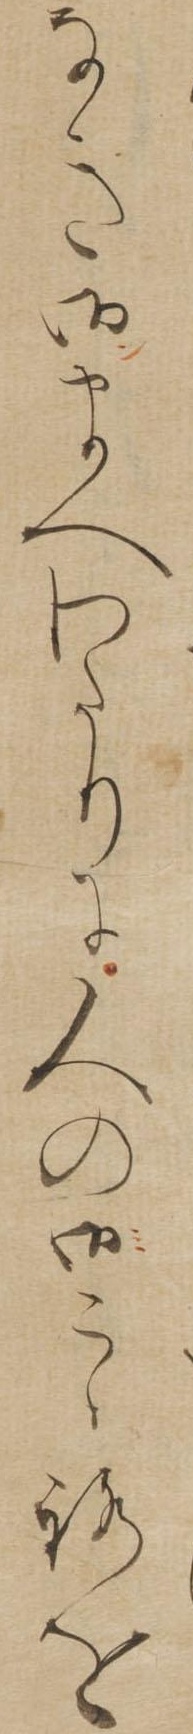
なき御まへわたりに人の御こゝろを